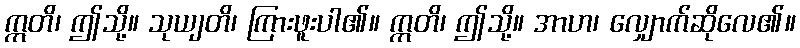
ဣတိ၊ ဤသို့။ သုယျတိ၊ ကြားဖူးပါ၏။ ဣတိ၊ ဤသို့။ အာဟ၊ လျှောက်ဆိုလေ၏။